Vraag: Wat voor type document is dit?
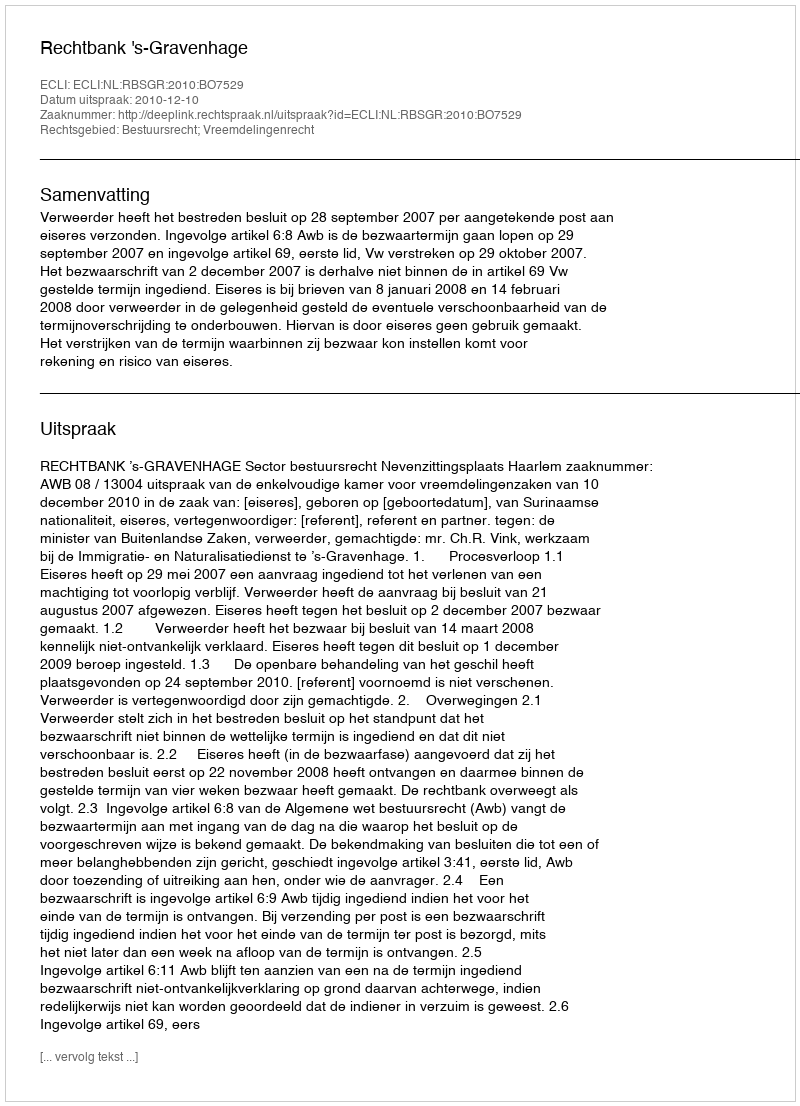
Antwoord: Uitspraak